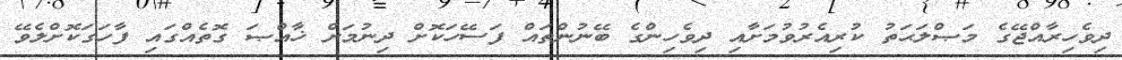
ދިވެހިރާއްޖޭގެ މަޞްލަޙަތު ކުރިއެރުވުމަށާއި ދިވެހިންގެ ބޭނުންތައް ފަސޭހަކޮށް ދިނުމަށް ޚާއްޞަ ގޮތެއްގައި ފާހަގަކޮށްލެވޭ